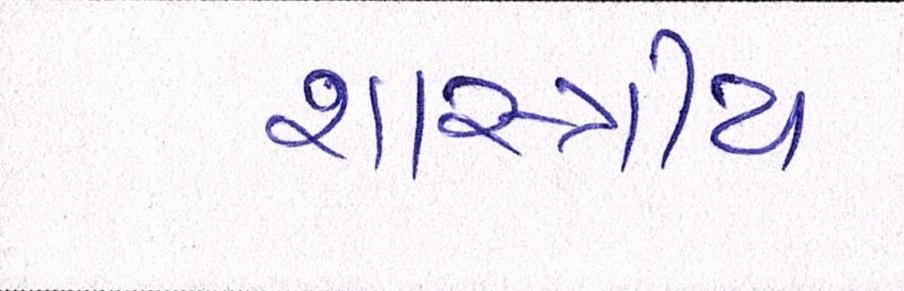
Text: શાસ્ત્રીય